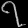
Digit: ၇